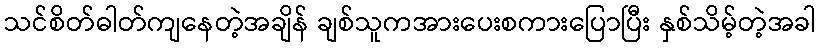
သင်စိတ်ဓါတ်ကျနေတဲ့အချိန် ချစ်သူကအားပေးစကားပြောပြီး နှစ်သိမ့်တဲ့အခါ